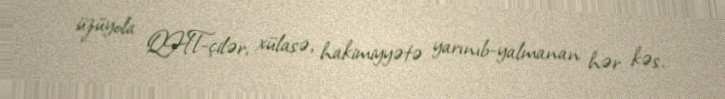
üzüyola QHT-çilər, xülasə, hakimiyyətə yarınıb-yalmanan hər kəs.